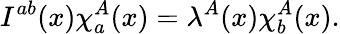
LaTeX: I^{ab}(x)\chi_{a}^{A}(x)=\lambda^{A}(x)\chi_{b}^{A}(x).